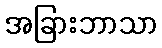
အခြားဘာသာ